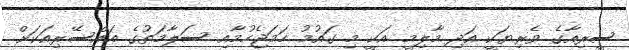
ސީރިއާގެ ވެރިޔަކީ އަދި މާލިމީ އަކީ މި ގައުމު ހަމަޖެހުމާއި ސަލާމަތުގެ އައްސޭރިއަކަށް